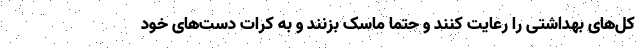
کل‌های بهداشتی را رعایت کنند و حتما ماسک بزنند و به کرات دست‌های خود